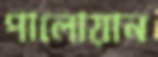
পালোয়ান